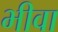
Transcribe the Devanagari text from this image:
भीवा